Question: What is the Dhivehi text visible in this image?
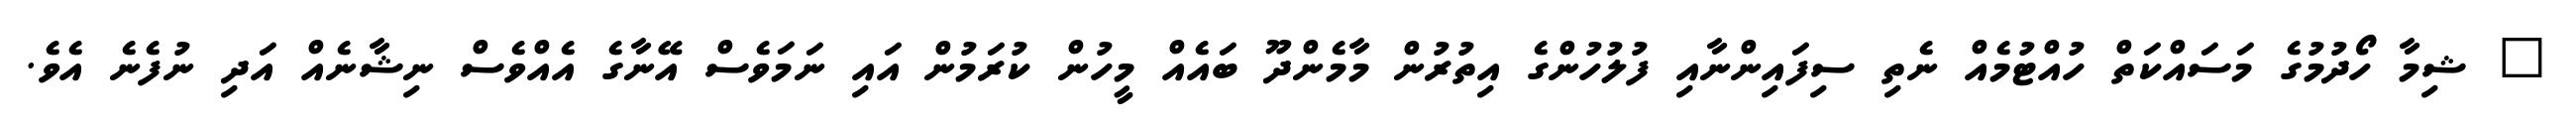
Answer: " ޝިމާ ހޯދުމުގެ މަސައްކަތް ހުއްޓުމެއް ނެތި ސިފައިންނާއި ފުލުހުންގެ އިތުރުން މާމެންދޫ ބައެއް މީހުން ކުރަމުން އައި ނަމަވެސް އޭނާގެ އެއްވެސް ނިޝާނެއް އަދި ނުފެނެ އެވެ.